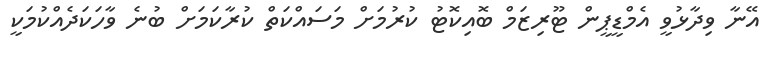
އޭނާ ވިދާޅުވީ އެމްޑީޕީން ޓޫރިޒަމް ބޮއިކޮޓު ކުރުމަށް މަސައްކަތް ކުރާކަމަށް ބުނެ ވާހަކަދެއްކުމަކީ